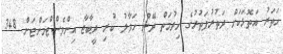
ހަތަރު އަތޮޅަކަށް ދަތުރުފަތުރުގެ ހިދުމަތް ދޭން ހަވާލު ކުރި ދީބާޖާ އިންވެސްޓްމަންޓަށް 348